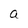
Character: a